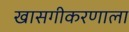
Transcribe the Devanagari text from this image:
खासगीकरणाला